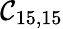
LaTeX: \mathcal{C}_{15,15}